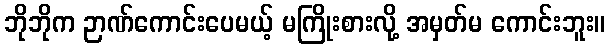
ဘိုဘိုက ဉာဏ်ကောင်းပေမယ့် မကြိုးစားလို့ အမှတ်မ ကောင်းဘူး။